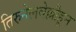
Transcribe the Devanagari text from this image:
तिरुनेलवेल्लीहून